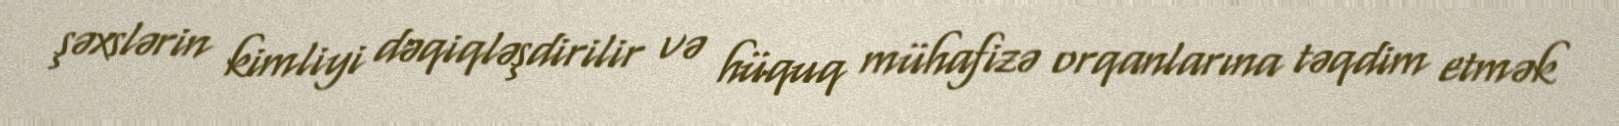
şəxslərin kimliyi dəqiqləşdirilir və hüquq mühafizə orqanlarına təqdim etmək